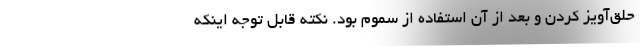
حلق‌آویز کردن و بعد از آن استفاده از سموم بود. نکته قابل توجه اینکه